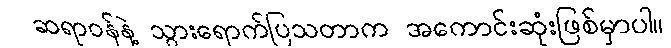
ဆရာဝန်နဲ့ သွားရောက်ပြသတာက အကောင်းဆုံးဖြစ်မှာပါ။